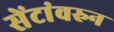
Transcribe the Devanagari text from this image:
सेंटांवरुन